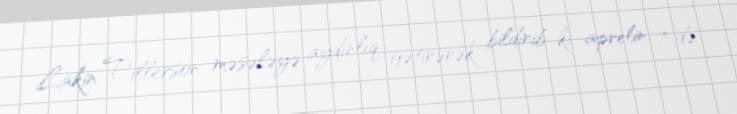
Lakin Tillerson məsələyə aydınlıq gətirərək bildirib ki, aprelin 7-də